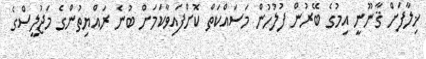
ޚިލާފަށް ޤާނޫނީ އިމުގެ ބޭރުން ފުލުހުން މަސައްކަތް ކޮށްފައިވާކަމަށް ބުނެ ރައްޔިތުންގެ މަޖުލީސްގެ